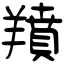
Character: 羵